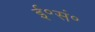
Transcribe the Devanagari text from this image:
ई॰सं॰